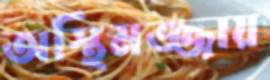
অস্থিমজ্জায়